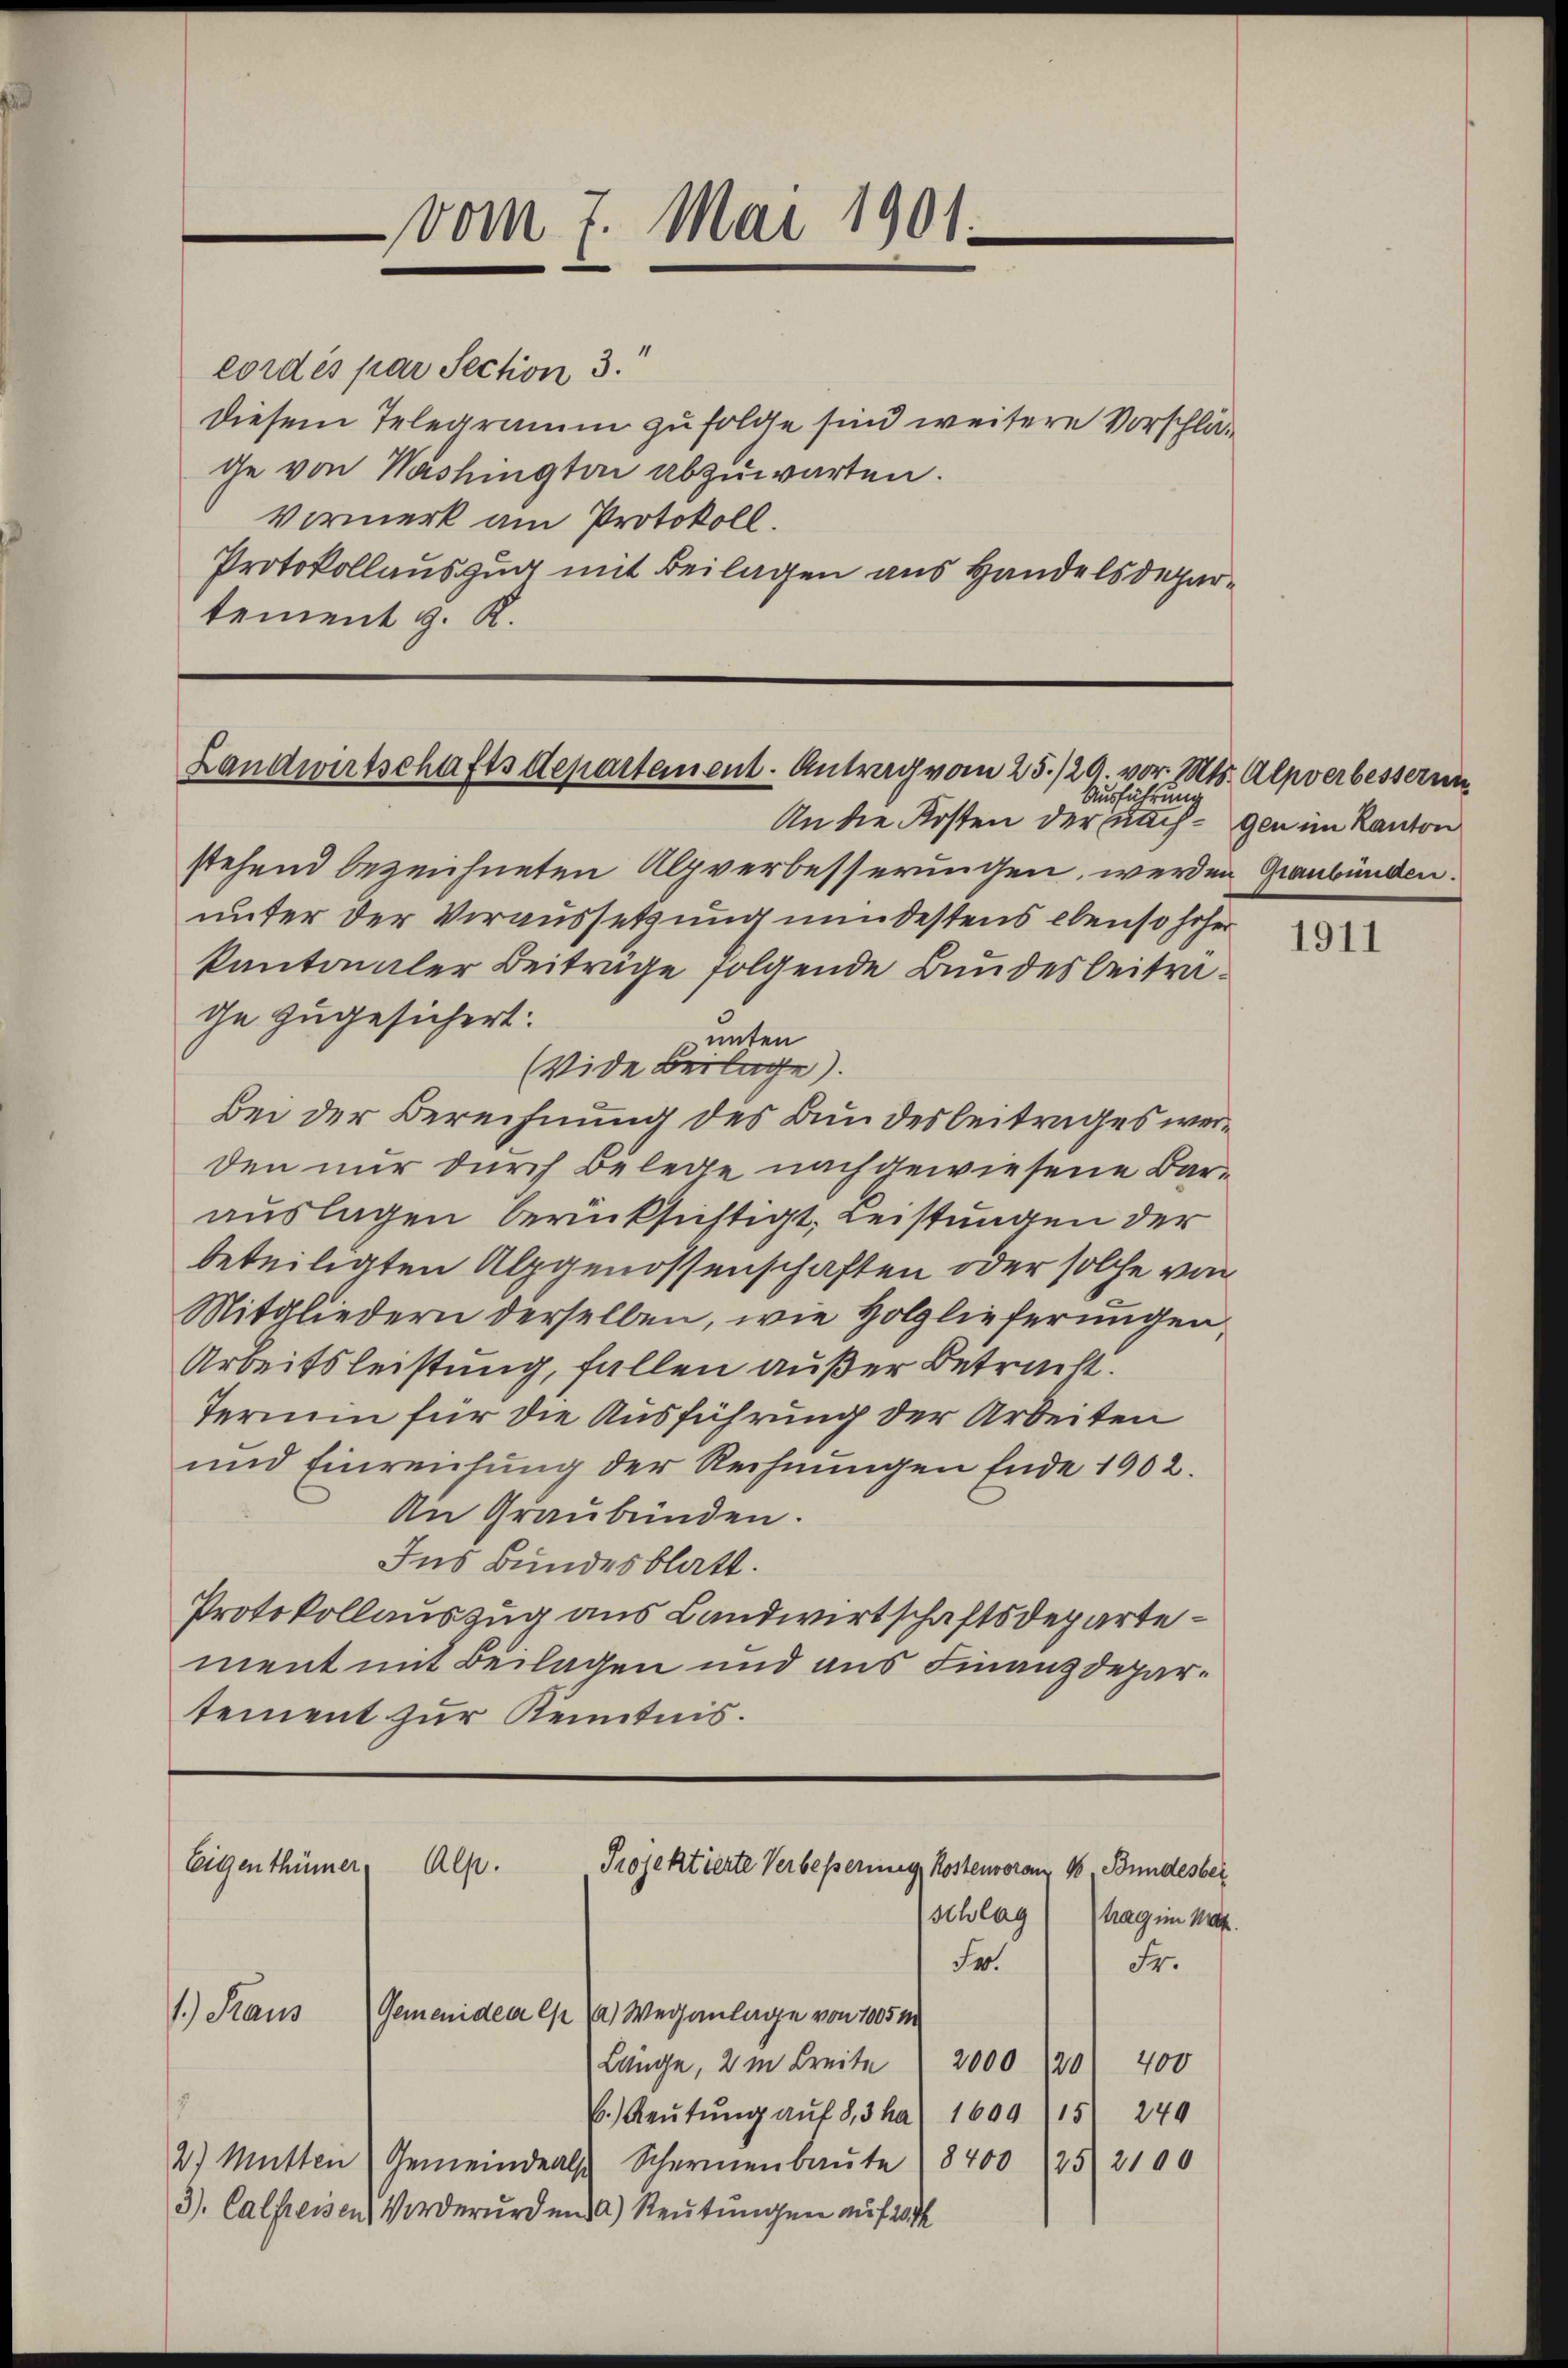
vom 7. Mai 1901.

cordés par Section 3.
diesem Telegramm zufolge sind weitere Vorschläge von Washington abzuwarten.
Vermerk am Protokoll.
Protokollauszug mit Beilagen aus Handelsdepartement H. K.

Landwirtschaftsdepartement. Antrag vom 25./29. vor. Mts. Alpverbesserun
Ausführung

Eigenthümer
Alp.
Projektierte Verbesserung Kostenvoran, 16, Bundesber
schlag
trag im Mat

An die Kosten der nach gen im Kanton
stehend bezeichneten Alpverbesserungen werden Graubünden.
unter der Voraussetzung mindestens ebenso höher
kantonaler Beiträge folgende Bundesbeiträge zugesichert:
unten
Vide Beilage).
Bei der Berechnung des Bundesbeitrages werden nur durch Belege nachgewiesene Barauslagen berücksichtigt, Leistungen der
beteiligten Alpgenossenschaften oder solche von
Mitgliedern derselben, wie Holzlieferungen,
Arbeitsleistung, fallen außer Betracht.
Termin für die Ausführung der Arbeiten
und Einreichung der Rechnungen Ende 1902.
An Graubünden.
Ins Bundesblatt.
Protokollauszug aus Landwirtschaftsdepartement mit Beilagen und aus Finanzdepartement zur Kenntnis.

Fr.
Fr.
1.) Staus
Gemenidee (p (a) Weganlage von 1005 m
Länge, 2 m Breite 2000 120 400
6.) Reŭtŭng aŭf 8,3 ha. 1609 (15. 240
2.) Mütten Gemeinde als Schermenbaŭte (8400 (25. 2100
3). Calfreisen Vorderurden a) Reutungen auf 20 dk

1911